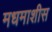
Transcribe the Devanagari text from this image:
मधमाशीस